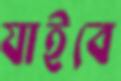
যাইবে